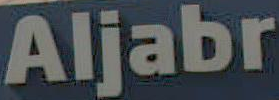
Aljabr